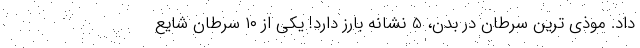
داد. موذی ترین سرطان در بدن، 5 نشانه بارز دارد! یکی از ۱۰ سرطان شایع